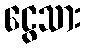
ငွေသား